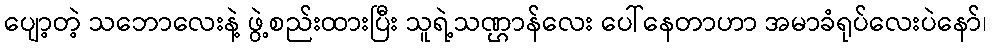
ပျော့တဲ့ သဘောလေးနဲ့ ဖွဲ့စည်းထားပြီး သူရဲ့သဏ္ဌာန်လေး ပေါ်နေတာဟာ အမာခံရုပ်လေးပဲနော်၊